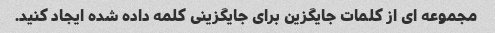
مجموعه ای از کلمات جایگزین برای جایگزینی کلمه داده شده ایجاد کنید.